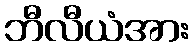
ဘီလီယံအား